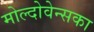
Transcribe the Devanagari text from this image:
मोल्दोवेन्सका